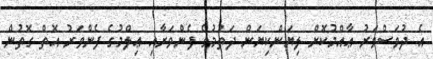
އެ ދުވަސްވަރު ޢާއްމުކޮށް ލިޔަންކިޔަން ދަތުމުގެ ފެންވަރާއި ޢިލްމުގެ ފެންވަރު އޮތް ގޮތުން